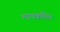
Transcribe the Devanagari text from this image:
मापक्रमित